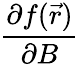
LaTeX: \frac{\partial f(\vec{r})}{\partial B}